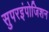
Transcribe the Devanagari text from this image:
सुपरइंपोजिशन